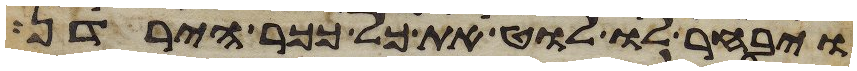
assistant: ויבחר לו לוט את כל ככר הירדן